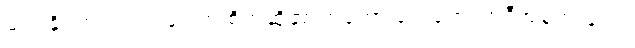
မဝင်နိုင်ဘူး၊ သတ်ချင်တဲ့ စိတ်ဆိုတာကတော့ ဝေးရော၊ အဲဒီအခါကျတော့